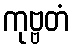
ကုဗ္ဗတံ